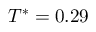
T ^ { * } = 0 . 2 9